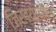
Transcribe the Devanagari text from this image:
जिख्यातील